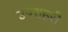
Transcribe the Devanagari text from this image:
उपशहरी